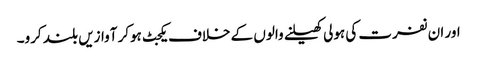
اور ان نفرت کی ہولی کھیلنے والوں کے خلاف یکجٹ ہوکر آوازیں بلند کرو۔